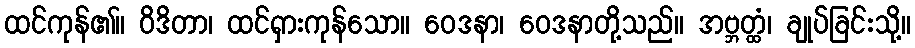
ထင်ကုန်၏။ ဝိဒိတာ၊ ထင်ရှားကုန်သော။ ဝေဒနာ၊ ဝေဒနာတို့သည်။ အဗ္ဘတ္ထံ၊ ချုပ်ခြင်းသို့။